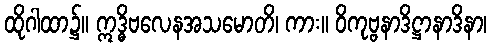
ထိုဂါထာ၌။ ဣဒ္ဓိဗလေနအသမောတိ၊ ကား။ ဝိကုဗ္ဗနာဒိဋ္ဌာနာဒိနာ၊